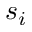
s _ { i }